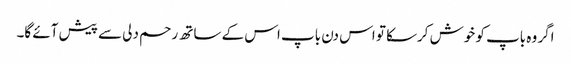
اگر وہ باپ کو خوش کرسکا تو اس دن باپ اس کے ساتھ رحم دلی سے پیش آئے گا۔